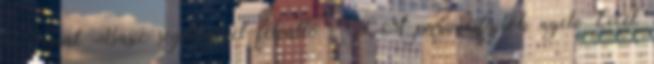
a Visual Basic segítségével felváltó XLM parancsfájlok nyelv Excel